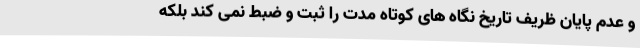
و عدم پایان ظریف تاریخ نگاه های کوتاه مدت را ثبت و ضبط نمی کند بلکه